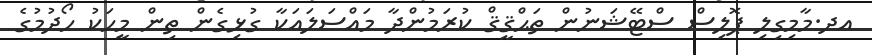
އދ.މާމިގިލި ޕޮލިސް ސްޓޭޝަނުން ތަޙްޤީޤް ކުރަމުންދާ މައްސަލައަކާ ގުޅިގެން ތިން މީހަކު ހޯދުމުގެ